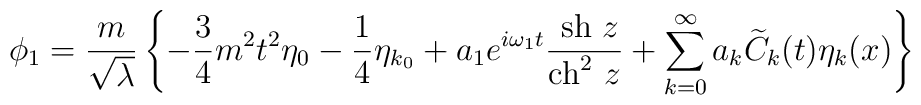
\phi _1 = \frac {m}{\sqrt\lambda} \left\{ - \frac {3}{4} m^2 t^2 {\eta }_0  - \frac {1}{4 } {\eta }_{k{_0}}   + a_1 e^{i \omega _1 t} \frac {~{\rm {sh}}~z}{{\rm {ch}}^2~z} +  \sum _{k=0}^{\infty} a_k {\widetilde C}_k(t) \eta_k (x)\right\}